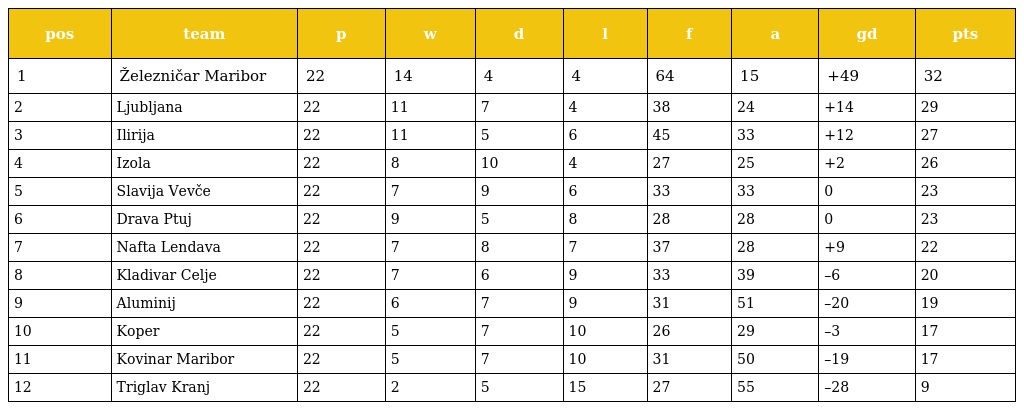
| pos | team | p | w | d | l | f | a | gd | pts |
 | --- | --- | --- | --- | --- | --- | --- | --- | --- | --- |
 | 1 | Železničar Maribor | 22 | 14 | 4 | 4 | 64 | 15 | +49 | 32 |
 | 2 | Ljubljana | 22 | 11 | 7 | 4 | 38 | 24 | +14 | 29 |
 | 3 | Ilirija | 22 | 11 | 5 | 6 | 45 | 33 | +12 | 27 |
 | 4 | Izola | 22 | 8 | 10 | 4 | 27 | 25 | +2 | 26 |
 | 5 | Slavija Vevče | 22 | 7 | 9 | 6 | 33 | 33 | 0 | 23 |
 | 6 | Drava Ptuj | 22 | 9 | 5 | 8 | 28 | 28 | 0 | 23 |
 | 7 | Nafta Lendava | 22 | 7 | 8 | 7 | 37 | 28 | +9 | 22 |
 | 8 | Kladivar Celje | 22 | 7 | 6 | 9 | 33 | 39 | –6 | 20 |
 | 9 | Aluminij | 22 | 6 | 7 | 9 | 31 | 51 | –20 | 19 |
 | 10 | Koper | 22 | 5 | 7 | 10 | 26 | 29 | –3 | 17 |
 | 11 | Kovinar Maribor | 22 | 5 | 7 | 10 | 31 | 50 | –19 | 17 |
 | 12 | Triglav Kranj | 22 | 2 | 5 | 15 | 27 | 55 | –28 | 9 |